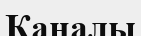
Каналы